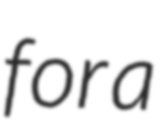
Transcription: for a